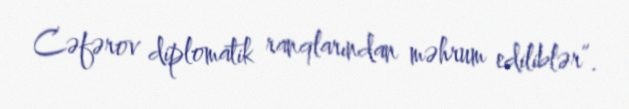
Cəfərov diplomatik ranqlarından məhrum ediliblər”.